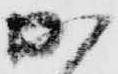
か